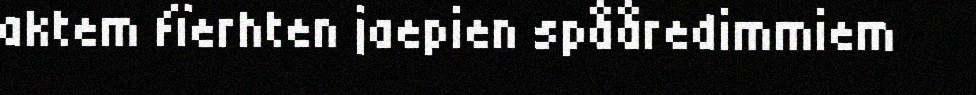
aktem fïerhten jaepien spååredimmiem